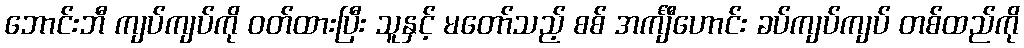
ဘောင်းဘီ ကျပ်ကျပ်ကို ဝတ်ထားပြီး သူနှင့် မတော်သည့် စစ် အင်္ကျီဟောင်း ခပ်ကျပ်ကျပ် တစ်ထည်ကို